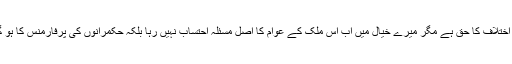
آپ کو اختلاف کا حق ہے مگر میرے خیال میں اب اس ملک کے عوام کا اصل مسئلہ احتساب نہیں رہا بلکہ حکمرانوں کی پرفارمنس کا ہو گیا ہے۔